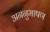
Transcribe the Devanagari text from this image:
अननुभाषण